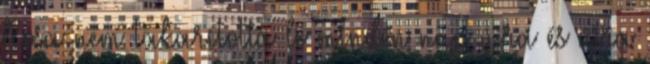
Rosa nem takarította le minden nap újra és újra